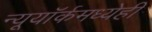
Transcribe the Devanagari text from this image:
न्यूयॉर्कमध्येही